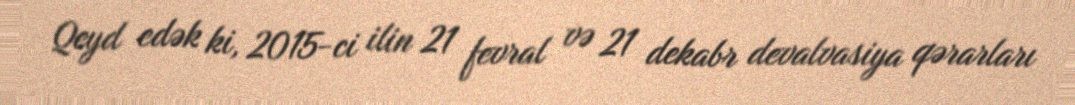
Qeyd edək ki, 2015-ci ilin 21 fevral və 21 dekabr devalvasiya qərarları